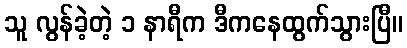
သူ လွန်ခဲ့တဲ့ ၁ နာရီက ဒီကနေထွက်သွားပြီ။